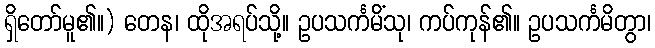
ရှိတော်မူ၏။) တေန၊ ထိုအရပ်သို့။ ဥပသင်္ကမိံသု၊ ကပ်ကုန်၏။ ဥပသင်္ကမိတွာ၊